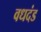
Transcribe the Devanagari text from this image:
वधदंड